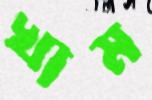
খাম